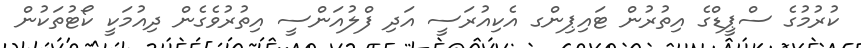
ކުރުމުގެ ސްޕީޑްގެ އިތުރުން ޓައިޕިންގ އެކިއުރަސީ އަދި ފްލުއަންސީ އިތުރުވެގެން ދިއުމަކީ ކޯޓުތަކުން